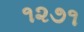
૧૨૭૧